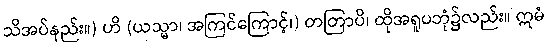
သိအပ်နည်း။) ဟိ (ယသ္မာ၊ အကြင်ကြောင့်၊) တတြာပိ၊ ထိုအရူပဘုံ၌လည်း။ ဣမံ